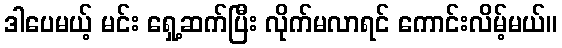
ဒါပေမယ့် မင်း ရှေ့ဆက်ပြီး လိုက်မလာရင် ကောင်းလိမ့်မယ်။